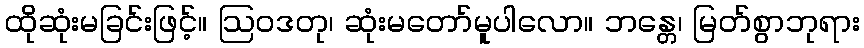
ထိုဆုံးမခြင်းဖြင့်။ ဩဝဒတု၊ ဆုံးမတော်မူပါလော။ ဘန္တေ၊ မြတ်စွာဘုရား